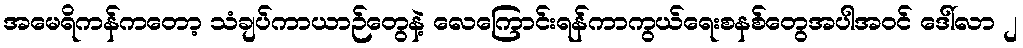
အမေရိကန်ကတော့ သံချပ်ကာယာဉ်တွေနဲ့ လေကြောင်းရန်ကာကွယ်ရေးစနစ်တွေအပါအ၀င် ဒေါ်လာ ၂